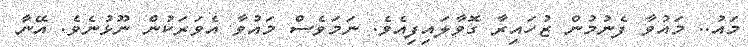
މައު.. މައުވާ ފެނުމުން ޒުހައިރާ ގޮވާލައިފިއެވެ. ނަމަވެސް މައުވާ އެވަރަކުން ނޫޅުނެވެ. އޭނާ